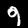
Digit: 9